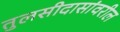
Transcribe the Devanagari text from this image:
तुलसीदासांवरील